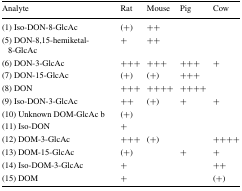
<table><thead><tr><td><b>Analyte</b></td><td><b>Rat</b></td><td><b>Mouse</b></td><td><b>Pig</b></td><td><b>Cow</b></td></tr></thead><tbody><tr><td>(1) Iso-DON-8-GlcAc</td><td>(+)</td><td>++</td><td></td><td></td></tr><tr><td>(5) DON-8,15-hemiketal-8-GlcAc</td><td>+</td><td>++</td><td></td><td></td></tr><tr><td>(6) DON-3-GlcAc</td><td>+++</td><td>+++</td><td>+++</td><td>+</td></tr><tr><td>(7) DON-15-GlcAc</td><td>(+)</td><td>(+)</td><td>+++</td><td></td></tr><tr><td>(8) DON</td><td>+++</td><td>++++</td><td>++++</td><td></td></tr><tr><td>(9) Iso-DON-3-GlcAc</td><td>++</td><td>(+)</td><td>+</td><td>+</td></tr><tr><td>(10) Unknown DOM-GlcAc b</td><td>(+)</td><td></td><td></td><td></td></tr><tr><td>(11) Iso-DON</td><td>+</td><td></td><td></td><td></td></tr><tr><td>(12) DOM-3-GlcAc</td><td>+++</td><td>(+)</td><td></td><td>++++</td></tr><tr><td>(13) DOM-15-GlcAc</td><td>(+)</td><td></td><td>+</td><td>+</td></tr><tr><td>(14) Iso-DOM-3-GlcAc</td><td>+</td><td></td><td></td><td>++</td></tr><tr><td>(15) DOM</td><td>+</td><td></td><td></td><td>(+)</td></tr></tbody></table>